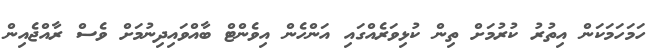
ހަމަހަމަކަން އިތުރު ކުރުމަށް ތިން ކުޅިވަރެއްގައި އަންހެން އިވެންޓް ބާއްވައިދިނުމަށް ވެސް ރާއްޖެއިން